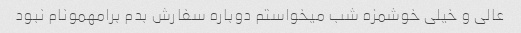
عالی و خیلی خوشمزه شب میخواستم دوباره سفارش بدم برامهمونام نبود